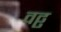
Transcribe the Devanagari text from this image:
वढ्ढ